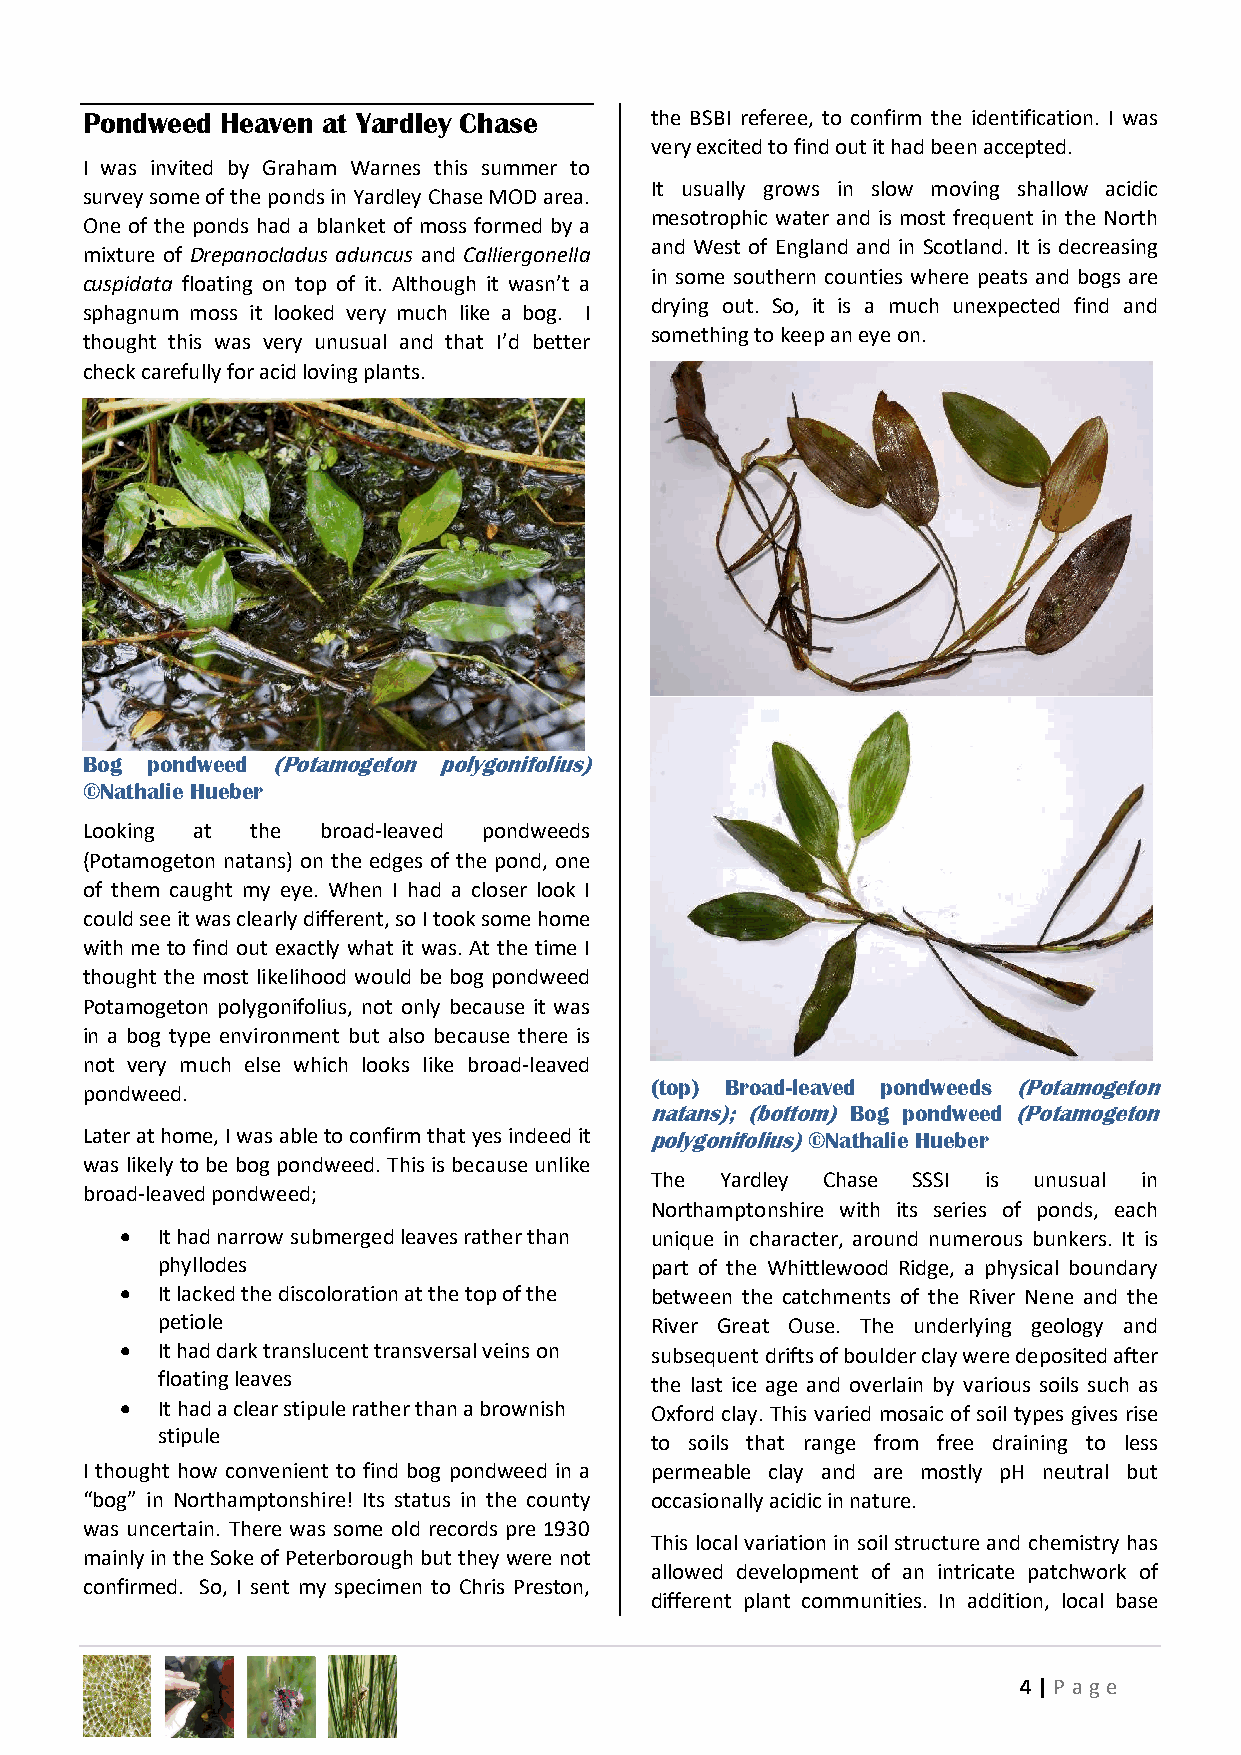
Pondweed  Heaven at Yardley Chase     the BSBI referee, to confirm the identification. I was
 very excited to find out it had been accepted.
 I was invited by Graham Warnes this summer to
 It usually grows in slow moving shallow acidic
 survey some of the ponds in Yardley Chase MOD area.
 mesotrophic water and is most frequent in the North
 One of the ponds had a blanket of moss formed by a
 and West of England and in Scotland. It is decreasing
 mixture of Drepanocladus aduncus and Calliergonella
 in some southern counties where peats and bogs are
 cuspidata floating on top of it. Although it wasn’t a
 drying out. So, it is a much unexpected find and
 sphagnum moss it looked very much like a bog. I
 something to keep an eye on.
 thought this was very unusual and that I’d better
 check carefully for acid loving plants.
 Bog  pondweed (Potamogeton polygonifolius)
 ©Nathalie Hueber
 Looking at  the broad-leaved pondweeds
 (Potamogeton natans) on the edges of the pond, one
 of them caught my eye. When I had a closer look I
 could see it was clearly different, so I took some home
 with me to find out exactly what it was. At the time I
 thought the most likelihood would be bog pondweed
 Potamogeton polygonifolius, not only because it was
 in a bog type environment but also because there is
 not very much else which looks like broad-leaved
 (top) Broad-leaved pondweeds (Potamogeton
 pondweed.
 natans); (bottom) Bog pondweed (Potamogeton
 Later at home, I was able to confirm that yes indeed it polygonifolius) ©Nathalie Hueber
 was likely to be bog pondweed. This is because unlike
 The  Yardley Chase SSSI is unusual in
 broad-leaved pondweed;
 Northamptonshire with its series of ponds, each
  It had narrow submerged leaves rather than unique in character, around numerous bunkers. It is
 phyllodes                        part of the Whittlewood Ridge, a physical boundary
  It lacked the discoloration at the top of the between the catchments of the River Nene and the
 petiole                          River Great Ouse. The underlying geology and
  It had dark translucent transversal veins on subsequent drifts of boulder clay were deposited after
 floating leaves                  the last ice age and overlain by various soils such as
  It had a clear stipule rather than a brownish Oxford clay. This varied mosaic of soil types gives rise
 stipule
 to soils that range from free draining to less
 I thought how convenient to find bog pondweed in a permeable clay and are mostly pH neutral but
 “bog” in Northamptonshire! Its status in the county occasionally acidic in nature.
 was uncertain. There was some old records pre 1930
 This local variation in soil structure and chemistry has
 mainly in the Soke of Peterborough but they were not
 allowed development of an intricate patchwork of
 confirmed. So, I sent my specimen to Chris Preston,
 different plant communities. In addition, local base
 4 | P age